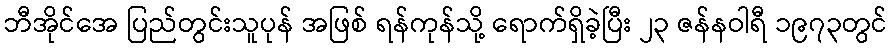
ဘီအိုင်အေ ပြည်တွင်းသူပုန် အဖြစ် ရန်ကုန်သို့ ရောက်ရှိခဲ့ပြီး ၂၃ ဇန်နဝါရီ ၁၉၇၃တွင်